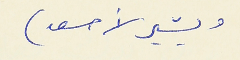
ويشير لأسعد )